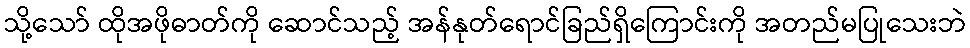
သို့သော် ထိုအဖိုဓာတ်ကို ဆောင်သည့် အန်နုတ်ရောင်ခြည်ရှိကြောင်းကို အတည်မပြုသေးဘဲ